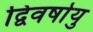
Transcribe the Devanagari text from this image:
द्विवर्षायु